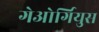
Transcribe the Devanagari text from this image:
गेओर्गियुस